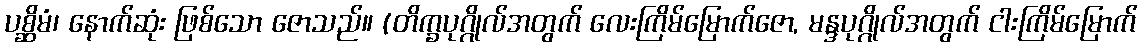
ပစ္ဆိမံ၊ နောက်ဆုံး ဖြစ်သော ဇောသည်။ (တိက္ခပုဂ္ဂိုလ်အတွက် လေးကြိမ်မြောက်ဇော, မန္ဒပုဂ္ဂိုလ်အတွက် ငါးကြိမ်မြောက်